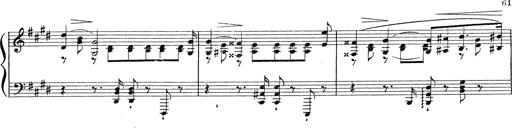
Title: Grosses Konzertsolo
Composer: Franz Liszt